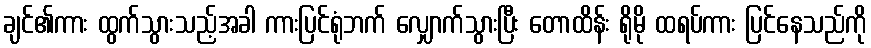
ချင်၏ကား ထွက်သွားသည့်အခါ ကားပြင်ရုံဘက် လျှောက်သွားပြီး တောထိန်း ရိုမို ထရပ်ကား ပြင်နေသည်ကို